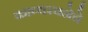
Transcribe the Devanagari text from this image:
काव्यरचनेचे